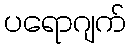
ပရောဂျက်